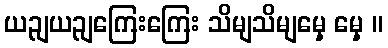
ယဉျယဉျကြေးကြေး သိမျသိမျမှေ့ မှေ့ ။